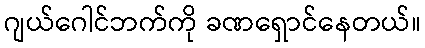
ဂျယ်ဂေါင်ဘက်ကို ခဏရှောင်နေတယ်။